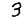
Digit: 3